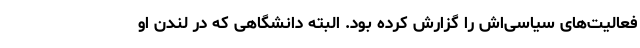
فعالیت‌های سیاسی‌اش را گزارش کرده بود. البته دانشگاهی که در لندن او